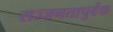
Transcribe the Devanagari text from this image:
सज्जनतापुर्वक